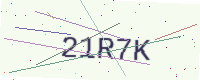
Text: 21R7K